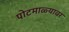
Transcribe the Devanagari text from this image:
पोटमाळ्यावर